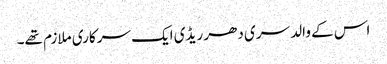
اس کے والد سری دھر ریڈی ایک سرکاری ملازم تھے۔